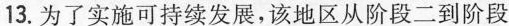
13.为了实施可持续发展，该地区从阶段二到阶段